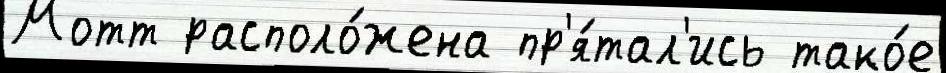
Мотт располо́жена пр'я́тал'ись тако́е